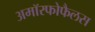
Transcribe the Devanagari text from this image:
अमॉरफोफैलस